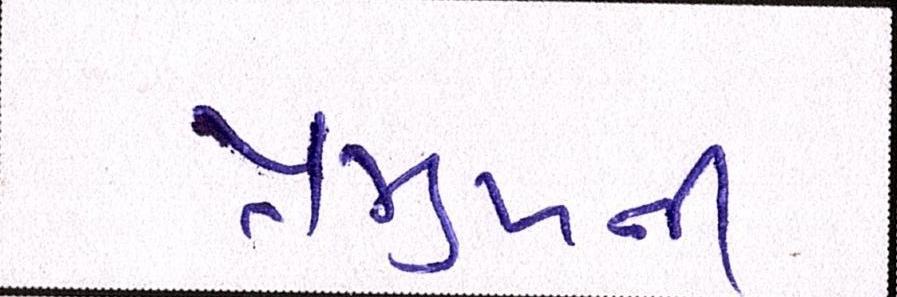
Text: પ્રમુખની